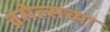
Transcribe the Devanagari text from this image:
ब्रसेल्सच्या